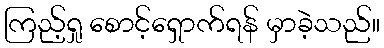
ကြည့်ရှု စောင့်ရှောက်ရန် မှာခဲ့သည်။